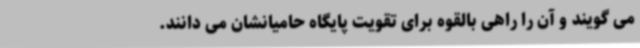
می گویند و آن را راهی بالقوه برای تقویت پایگاه حامیانشان می دانند.